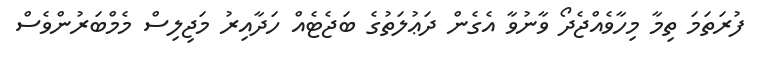
ފުރަތަމަ ތިމާ މިހާވެއްޖެދޯ ވާނުވާ އެގެން ދަޢުލަތުގެ ބަޖެޓެއް ހަދާއިރު މަޖިލިސް މެމްބަރުންވެސް